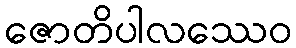
ဇောတိပါလဿေဝ